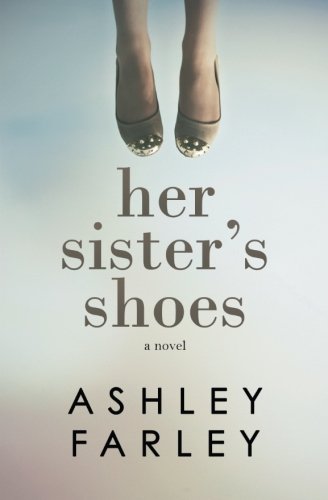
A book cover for Her Sister's Shoes; Ashley H Farley; Parenting & Relationships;